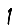
Digit: 1